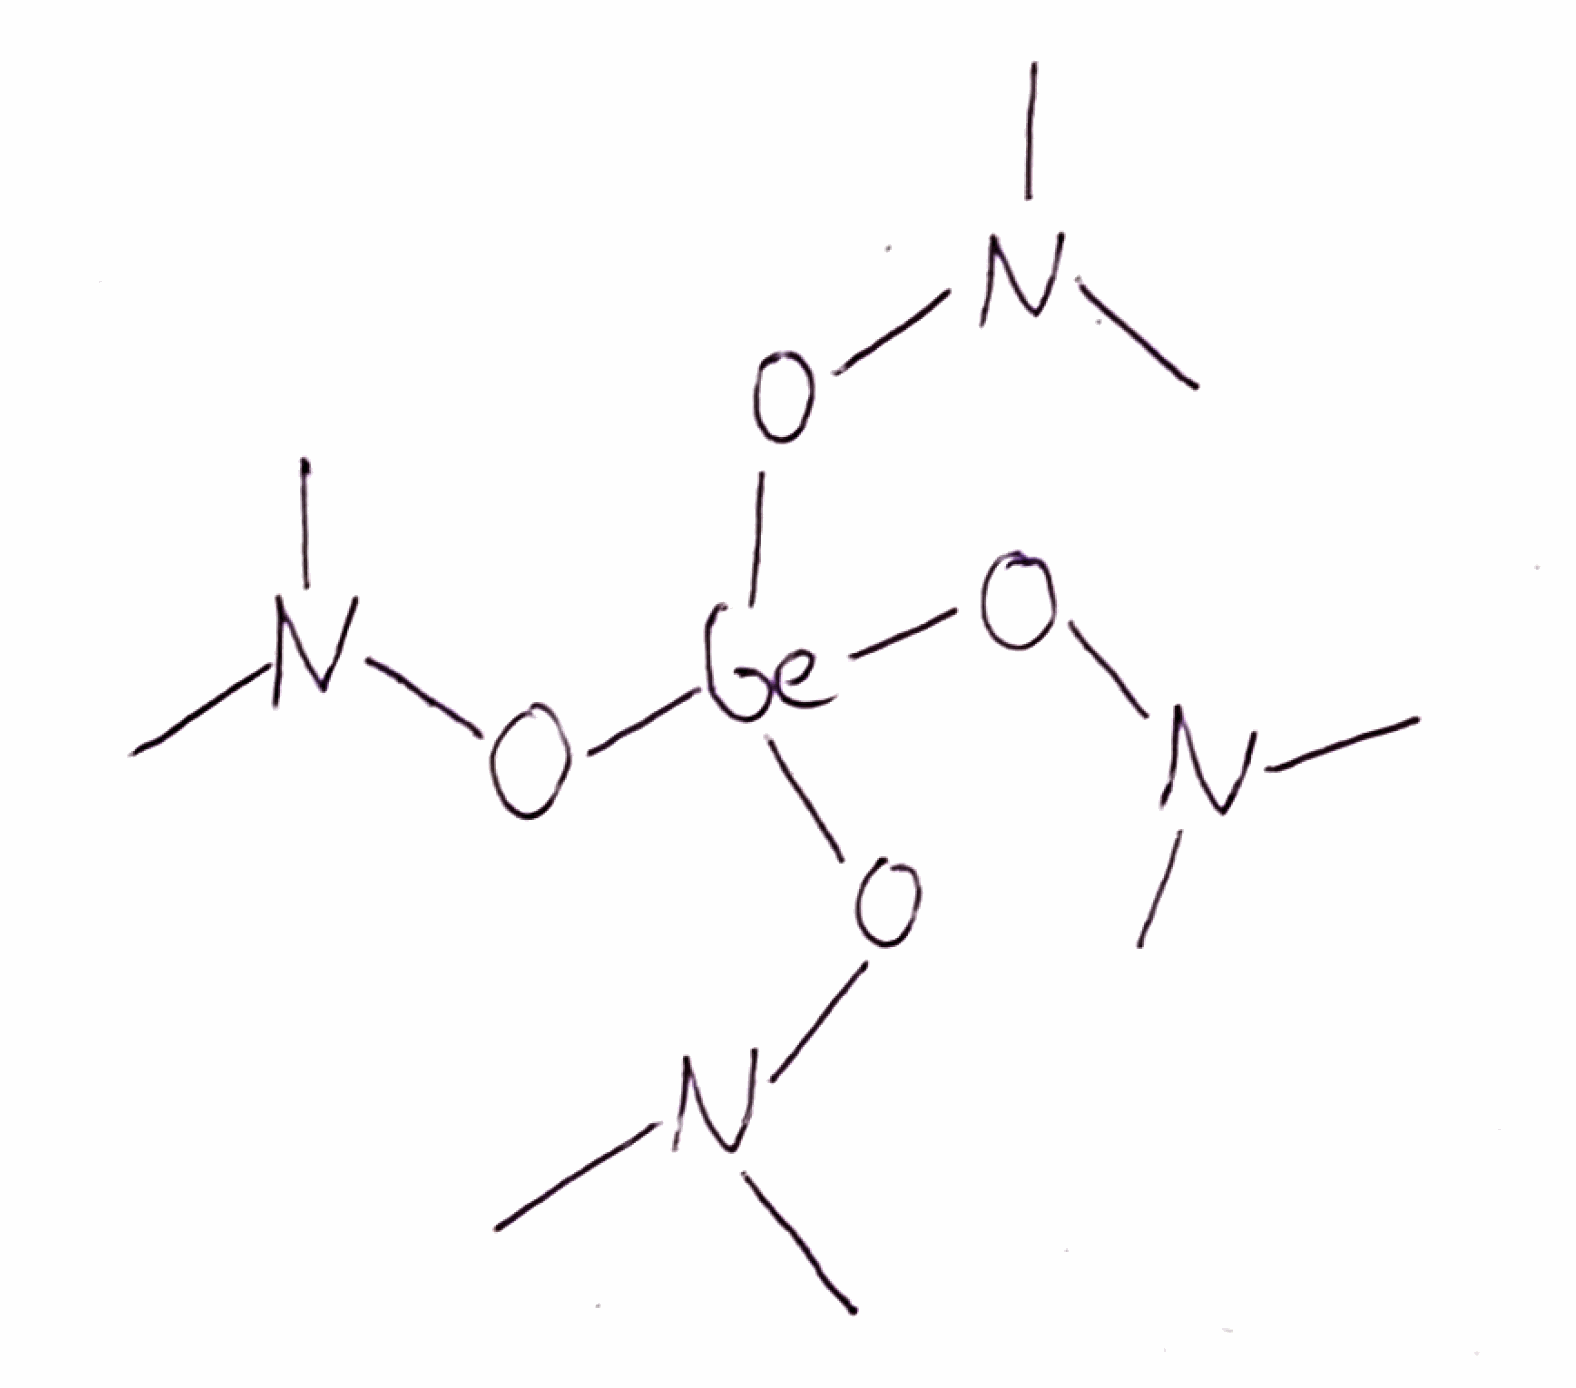
Simplified molecular-input line-entry system (SMILES) notation of the given molecule:
CN(C)O[Ge](ON(C)C)(ON(C)C)ON(C)C